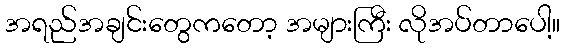
အရည်အချင်းတွေကတော့ အများကြီး လိုအပ်တာပေါ့။